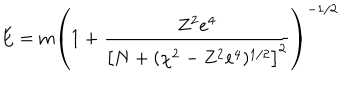
E = \mathrm { m } \left( 1 + \frac { Z ^ { 2 } e ^ { 4 } } { \left[ N + ( \chi ^ { 2 } - Z ^ { 2 } e ^ { 4 } ) ^ { 1 / 2 } \right] ^ { 2 } } \right) ^ { - 1 / 2 }